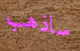
ساذهب